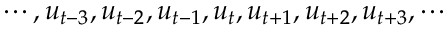
\cdots , u _ { t - 3 } , u _ { t - 2 } , u _ { t - 1 } , u _ { t } , u _ { t + 1 } , u _ { t + 2 } , u _ { t + 3 } , \cdots